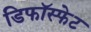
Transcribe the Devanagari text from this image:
डिफॉस्फेट